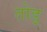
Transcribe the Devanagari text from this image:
तोड़्